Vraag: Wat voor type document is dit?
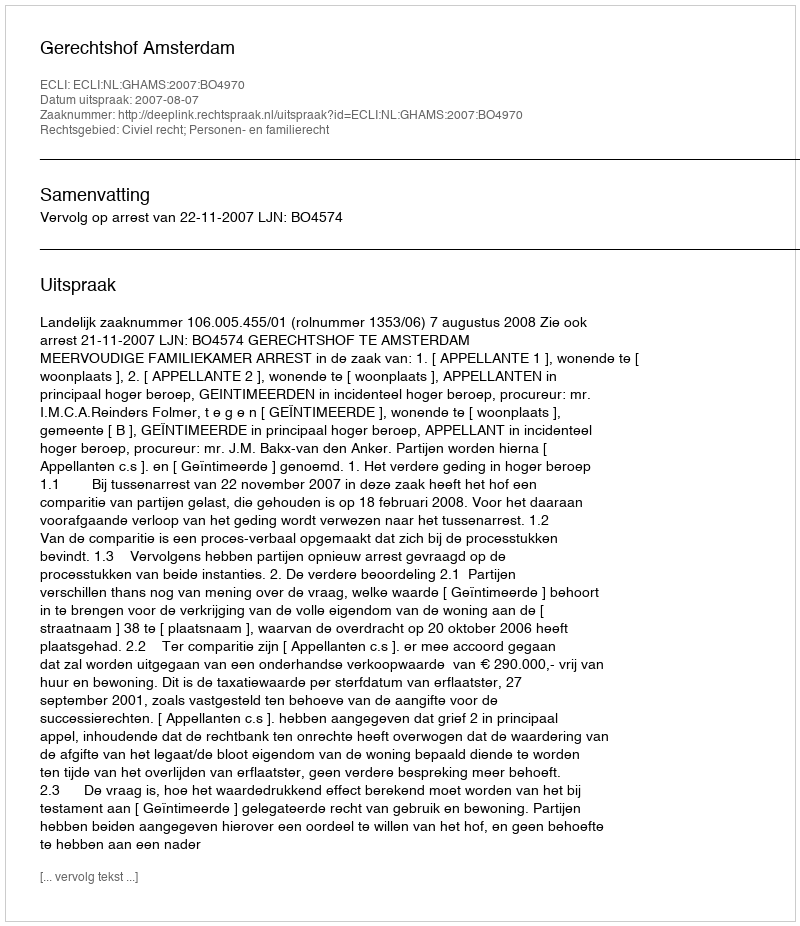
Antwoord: Uitspraak